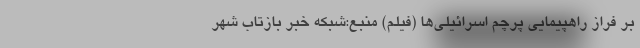
بر فراز راهپیمایی پرچم اسرائیلی‌ها (فیلم) منبع:شبکه خبر بازتاب شهر